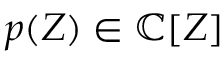
p ( Z ) \in \mathbb { C } [ Z ]